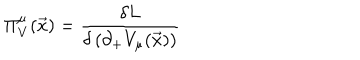
LaTeX: \Pi _ { V } ^ { \mu } ( { \vec { x } } ) = \frac { \delta { L } } { \delta \left( \partial _ { + } V _ { \mu } ( \vec { x } ) \right) }